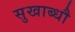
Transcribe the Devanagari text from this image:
सुखाब्धौ